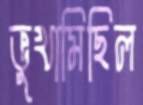
ভুখামিছিল